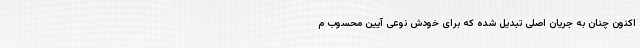
اکنون چنان به جریان اصلی تبدیل شده که برای خودش نوعی آیین محسوب م